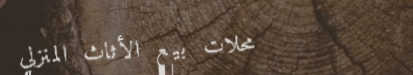
محلات بيع الأثاث المنزلي